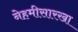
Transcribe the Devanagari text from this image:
नेहमीसारखा